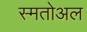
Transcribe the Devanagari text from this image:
स्मतोअल